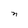
Character: n